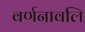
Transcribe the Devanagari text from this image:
वर्णनावलि